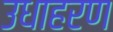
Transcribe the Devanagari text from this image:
उधाहरण